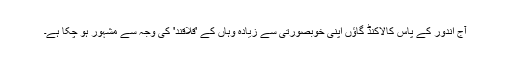
آج اندور کے پاس كالاكنڈ گاؤں اپنی خوبصورتی سے زیادہ وہاں کے 'قلاقند' کی وجہ سے مشہور ہو چکا ہے۔